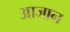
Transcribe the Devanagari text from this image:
आजान